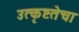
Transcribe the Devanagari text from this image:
उत्कृष्टतेचा